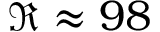
\Re \approx 9 8